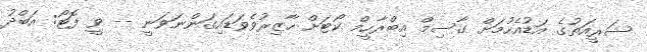
ޝަރީއަތުގެ އަޑުއެހުމަށް ގާސިމް އިބްރާހީމް ކޯޓަށް ހާޒިރުވެވަޑައިގަންނަވަނީ -- ވީ ފޮޓޯ: އަބްދު